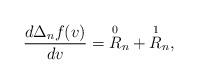
LaTeX: \begin{align*} \frac{d\Delta_nf(v)}{dv}=\overset{0}{R}_n+\overset{1}{R}_n,\end{align*}